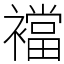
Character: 襠